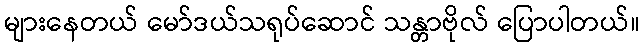
များနေတယ် မော်ဒယ်သရုပ်ဆောင် သန္တာဗိုလ် ပြောပါတယ်။